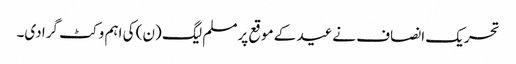
تحریک انصاف نےعید کے موقع پرمسلم لیگ (ن) کی اہم وکٹ گرا دی۔